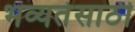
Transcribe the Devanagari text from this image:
भव्यतेसाठी